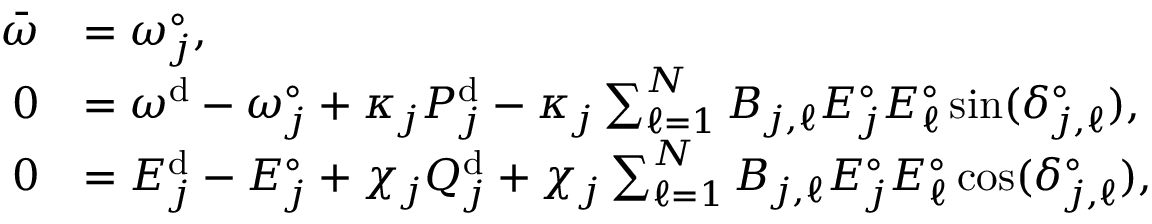
\begin{array} { r l } { \bar { \omega } } & { = \omega _ { j } ^ { \circ } , } \\ { 0 } & { = \omega ^ { \mathrm { d } } - \omega _ { j } ^ { \circ } + \kappa _ { j } P _ { j } ^ { \mathrm { d } } - \kappa _ { j } \sum _ { \ell = 1 } ^ { N } B _ { j , \ell } E _ { j } ^ { \circ } E _ { \ell } ^ { \circ } \sin ( \delta _ { j , \ell } ^ { \circ } ) , } \\ { 0 } & { = E _ { j } ^ { \mathrm { d } } - E _ { j } ^ { \circ } + \chi _ { j } Q _ { j } ^ { \mathrm { d } } + \chi _ { j } \sum _ { \ell = 1 } ^ { N } B _ { j , \ell } E _ { j } ^ { \circ } E _ { \ell } ^ { \circ } \cos ( \delta _ { j , \ell } ^ { \circ } ) , } \end{array}